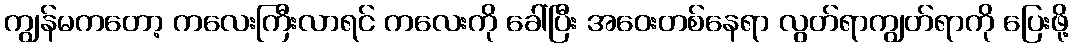
ကျွန်မကတော့ ကလေးကြီးလာရင် ကလေးကို ခေါ်ပြီး အဝေးတစ်နေရာ လွတ်ရာကျွတ်ရာကို ပြေးဖို့